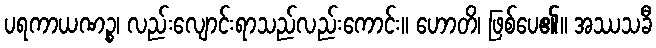
ပရကာယဏဉ္စ၊ လည်းလျောင်းရာသည်လည်းကောင်း။ ဟောတိ၊ ဖြစ်ပေ၏။ အဿသခီ